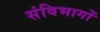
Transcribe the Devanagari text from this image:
संविभागों